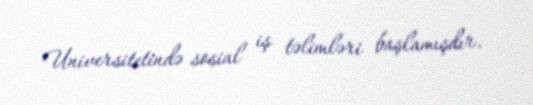
Universitetində sosial iş təlimləri başlamışdır.